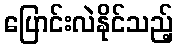
ပြောင်းလဲနိုင်သည့်